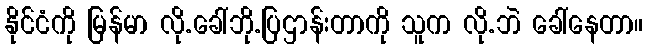
နိုင်ငံကို မြန်မာ လို.ခေါ်ဘို.ပြဌာန်းတာကို သူက လို.ဘဲ ခေါ်နေတာ။